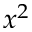
x ^ { 2 }